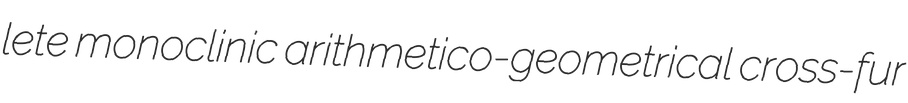
lete monoclinic arithmetico-geometrical cross-fur